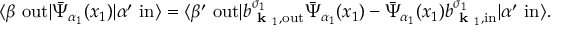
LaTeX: \langle \beta \ \mathrm { o u t } | { \bar { \Psi } } _ { \alpha _ { 1 } } ( x _ { 1 } ) | \alpha ^ { \prime } \ \mathrm { i n } \rangle = \langle \beta ^ { \prime } \ \mathrm { o u t } | b _ { { \textbf { k } } _ { 1 } , \mathrm { o u t } } ^ { \sigma _ { 1 } } { \bar { \Psi } } _ { \alpha _ { 1 } } ( x _ { 1 } ) - { \bar { \Psi } } _ { \alpha _ { 1 } } ( x _ { 1 } ) b _ { { \textbf { k } } _ { 1 } , \mathrm { i n } } ^ { \sigma _ { 1 } } | \alpha ^ { \prime } \ \mathrm { i n } \rangle .